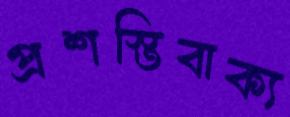
প্রশস্তিবাক্য